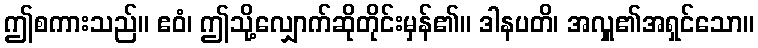
ဤစကားသည်။ ဧဝံ၊ ဤသို့လျှောက်ဆိုတိုင်းမှန်၏။ ဒါနပတိ၊ အလှူ၏အရှင်သော။